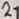
Text: 2